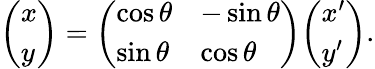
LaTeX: {\left(\begin{array}{l}{x}\\ {y}\end{array}\right)}={\left(\begin{array}{ll}{\cos\theta}&{-\sin\theta}\\ {\sin\theta}&{\cos\theta}\end{array}\right)}{\left(\begin{array}{l}{x^{\prime}}\\ {y^{\prime}}\end{array}\right)}.